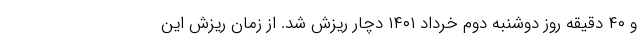
و ۴۰ دقیقه روز دوشنبه دوم خرداد ۱۴۰۱ دچار ریزش شد. از زمان ریزش این